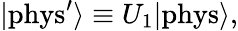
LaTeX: |\mathrm{{phys}}^{\prime}\rangle\equiv U_{1}|{\mathrm{phys}}\rangle,